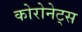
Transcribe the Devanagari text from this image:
कोरोनेट्स